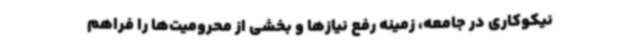
نیکوکاری در جامعه، زمینه رفع نیازها و بخشی از محرومیت‌ها را فراهم